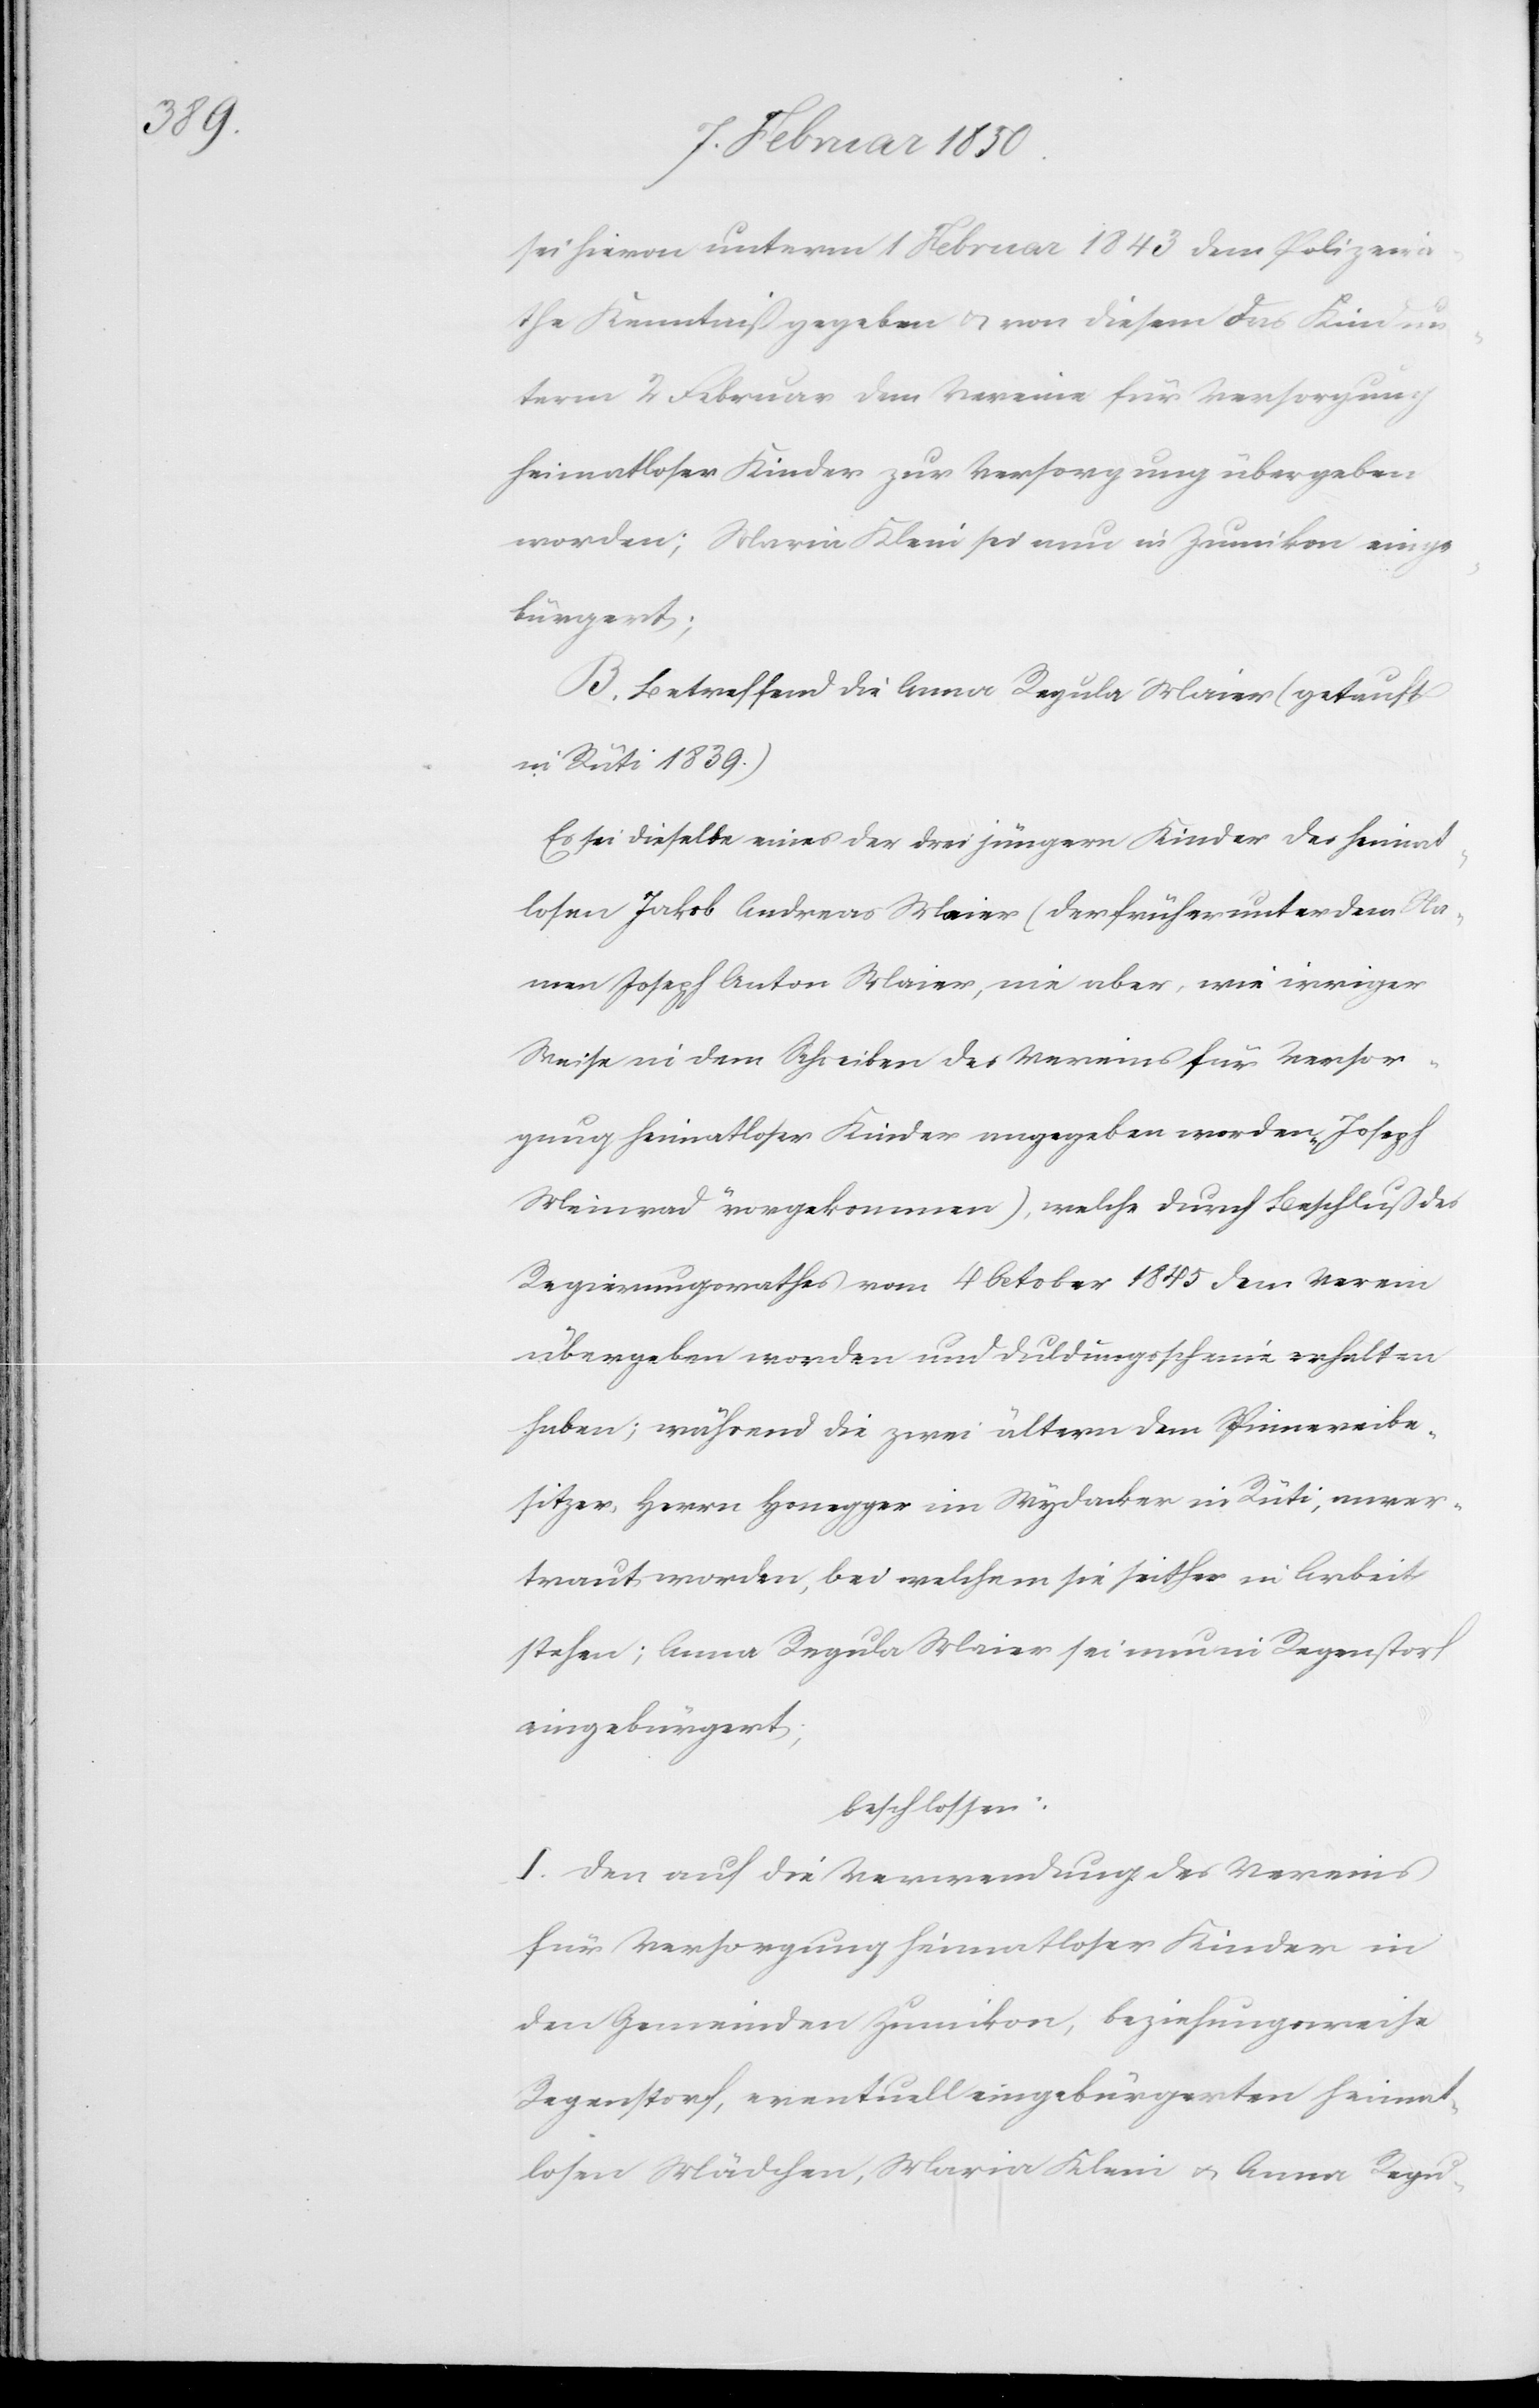
sei hievon unterm 1 Februar 1843 dem Polizeira¬
the Kenntniß gegeben u. von diesem das Kind un¬
term 2 Februar dem Vereine für Versorgung
heimatloser Kinder zur Versorgung übergeben
worden; Maria Klein sei nun in Zumikon einge¬
bürgert;
B. Betreffend die Anna Regula Maier (getauft
in Rüti 1839.)
Es sei dieselbe eines der drei jüngern Kinder des heimat¬
losen Jakob Andreas Maier (der früher unter dem Na¬
men Joseph Anton Maier, nie aber, wie irriger
Weise in dem Schreiben des Vereins für Versor¬
gung heimatloser Kinder angegeben worden „Joseph
Meinrad“ vorgekommen), welche durch Beschluß des
Regierungsrathes vom 4 October 1845 dem Verein
übergeben worden und Duldungsscheine erhalten
haben; während die zwei ältern dem Spinnereibe¬
sitzer, Herrn Honegger im Wydacker in Rüti, anver¬
traut worden, bei welchem sie seither in Arbeit
stehen; Anna Regula Maier sei nun in Regenstorf
eingebürgert;
beschlossen:
I. Den auf die Verwendung des Vereins
für Versorgung heimatloser Kinder in
den Gemeinden Zumikon, beziehungsweise
Regenstorf, eventuell eingebürgerten heimat¬
losen Mädchen, Maria Klein u. Anna Regu-